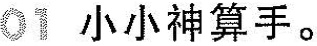
01 小小神算手。